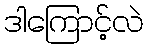
ဒါကြောင့်လဲ